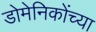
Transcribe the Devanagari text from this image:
डोमेनिकोंच्या